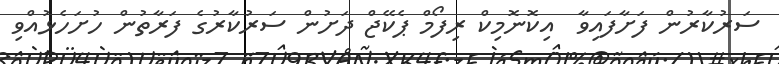
ސަރުކާރުން ފަށާފައިވާ  އިކޮނޮމިކް ރިފޯމް ޕެކޭޖް ދަށުން ސަރުކާރުގެ ފަރާތުން ހުށަހެޅުއްވި